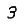
Digit: 3